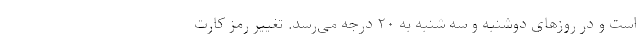
است و در روزهای دوشنبه و سه شنبه به ۲۰ درجه می‌رسد. تغییر رمز کارت